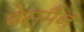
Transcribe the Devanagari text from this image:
बेसमैन